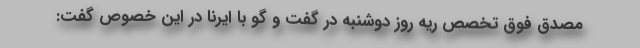
مصدق فوق تخصص ریه روز دوشنبه در گفت و گو با ایرنا در این خصوص گفت: